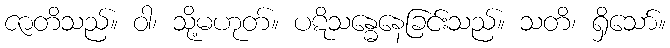
ဇာတိသည်။ ဝါ၊ သို့မဟုတ်။ ပဋိသန္ဓေနေခြင်းသည်။ သတိ၊ ရှိသော်။